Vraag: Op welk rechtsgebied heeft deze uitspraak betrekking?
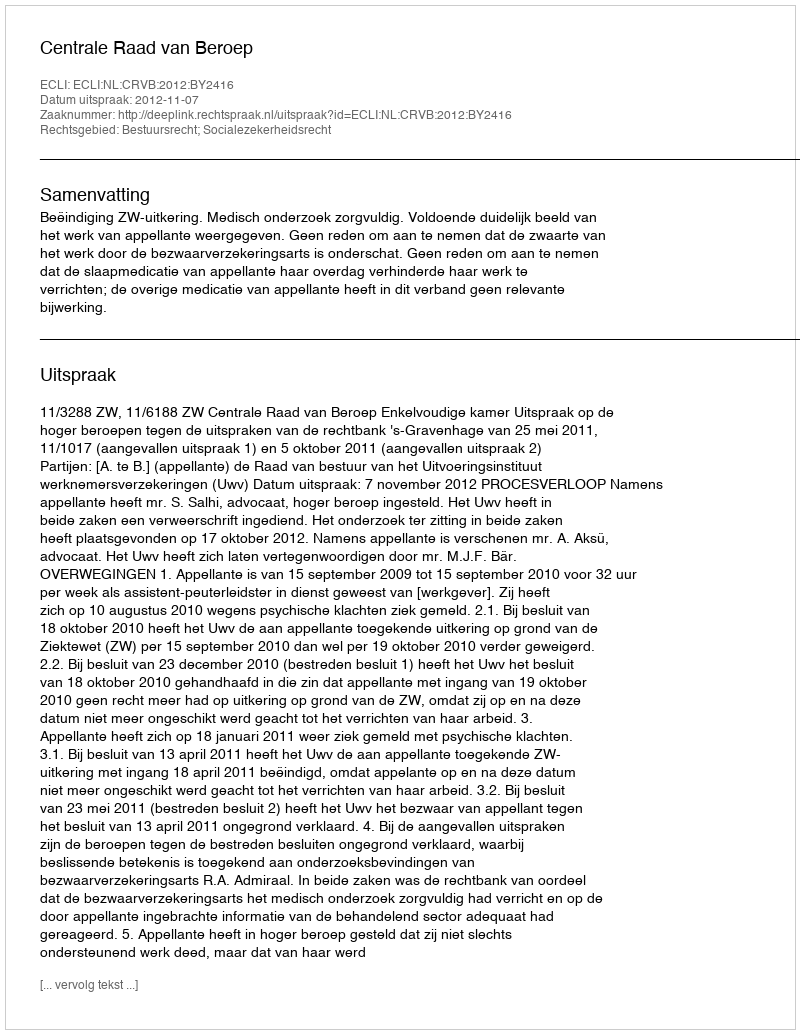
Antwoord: Bestuursrecht; Socialezekerheidsrecht